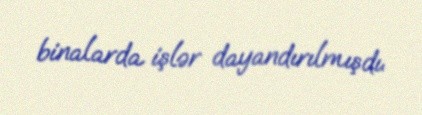
binalarda işlər dayandırılmışdı.